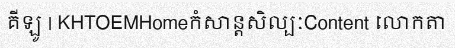
គីឡូ | KHTOEMHomeកំសាន្តសិល្បៈContent លោកតា